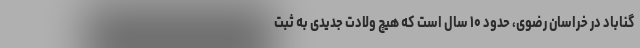
گناباد در خراسان رضوی، حدود ۱۰ سال است که هیچ ولادت جدیدی به ثبت